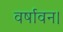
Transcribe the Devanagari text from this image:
वर्षावन।